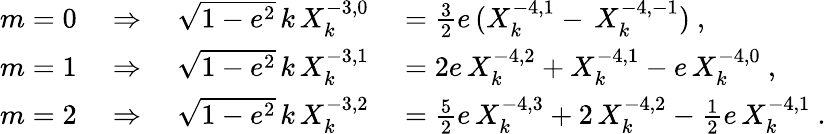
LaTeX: \begin{array}{rl}{m=0\quad\Rightarrow\quad\sqrt{1-e^{2}}\, k\, X_{k}^{-3,0}}&{{}=\frac 32e\, (X_{k}^{-4,1}-\, X_{k}^{-4,-1})\ ,}\\ {m=1\quad\Rightarrow\quad\sqrt{1-e^{2}}\, k\, X_{k}^{-3,1}}&{{}=2e\, X_{k}^{-4,2}+X_{k}^{-4,1}-e\, X_{k}^{-4,0}\ ,}\\ {m=2\quad\Rightarrow\quad\sqrt{1-e^{2}}\, k\, X_{k}^{-3,2}}&{{}=\frac 52e\, X_{k}^{-4,3}+2\, X_{k}^{-4,2}-\frac 12e\, X_{k}^{-4,1}\ .}\end{array}